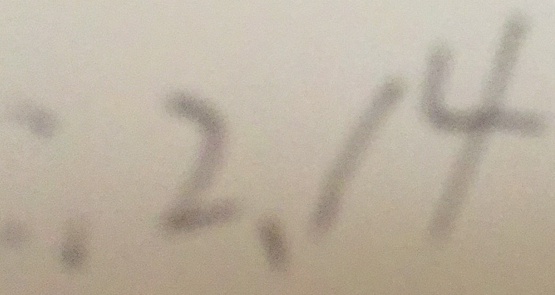
\therefore 2 . 1 4